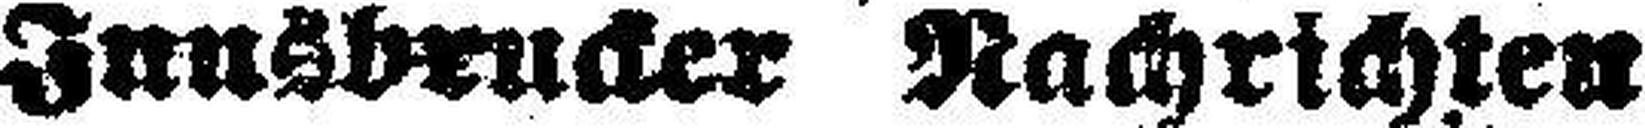
Innsbrucker Nachrichten